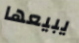
يبيعها